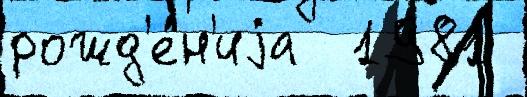
рожд'е́н'иjа  1981